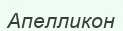
Апелликон